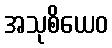
အသုစိယေဝ